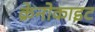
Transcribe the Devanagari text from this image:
क्रेनोकाइट